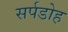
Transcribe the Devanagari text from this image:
सर्पडोह